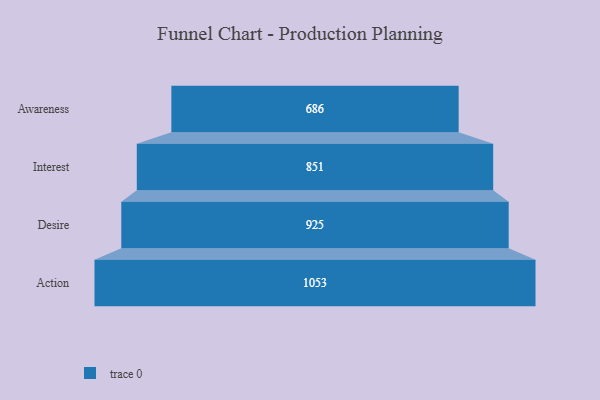
{"axis": {"x": "Stage", "y": "Value"}, "legend": [""], "data": [{"x": "Awareness", "y": 686.0, "type": ""}, {"x": "Interest", "y": 851.0, "type": ""}, {"x": "Desire", "y": 925.0, "type": ""}, {"x": "Action", "y": 1053.0, "type": ""}]}